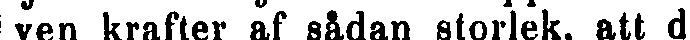
ven krafter af sådan storlek, att de